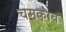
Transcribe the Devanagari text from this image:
चमकाव